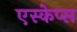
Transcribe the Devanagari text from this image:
एस्केप्स